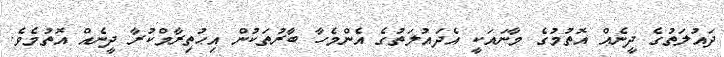
ދައުލަތުގެ ދީނެއް އޮތުމުގެ މާނައަކީ އެދައުލަތުގެ އެންމެހާ ބާރުތަކުން އިޙުތިރާމްކުރާ ދީނެއް އޮތުމެވެ.